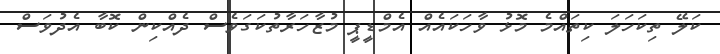
ކަލޭ ތިކަހަލަ ކިތައްމެ މޮޅު ވާހަކައެއް އެމްޑީޕީ މުޒާހަރާތުކަގަވެސް ދެއްކިން ކޮބާ އެދުވަސް